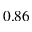
0 . 8 6